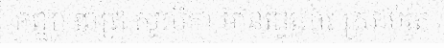
កញ្ញា ពេជ្រ សូលីកា មានផ្ទៃពោះ ស្រាប់តែ